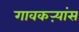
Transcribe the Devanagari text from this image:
गावकऱ्यांस